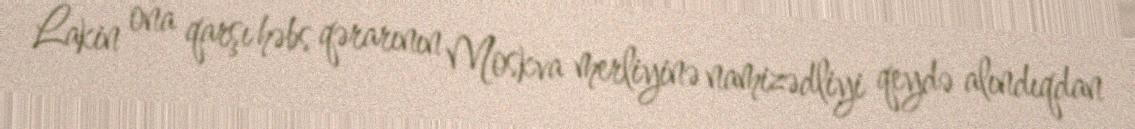
Lakin ona qarşı həbs qərarının Moskva merliyinə namizədliyi qeydə alındıqdan